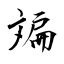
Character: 斒